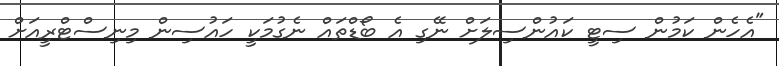
"އެހެން ކަމުން ސިޓީ ކައުންސިލަށް ނޭގި އެ ބޯޑްތައް ނެގުމަކީ ހައުސިން މިނިސްޓްރީއަށް